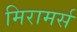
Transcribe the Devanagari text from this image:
मिरामर्स